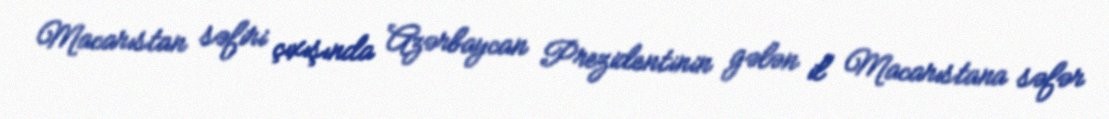
Macarıstan səfiri çıxışında Azərbaycan Prezidentinin gələn il Macarıstana səfər